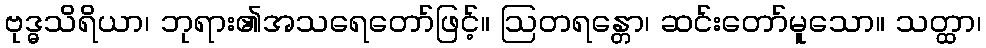
ဗုဒ္ဓသိရိယာ၊ ဘုရား၏အသရေတော်ဖြင့်။ ဩတရန္တော၊ ဆင်းတော်မူသော။ သတ္ထာ၊